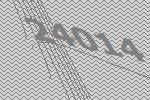
24014